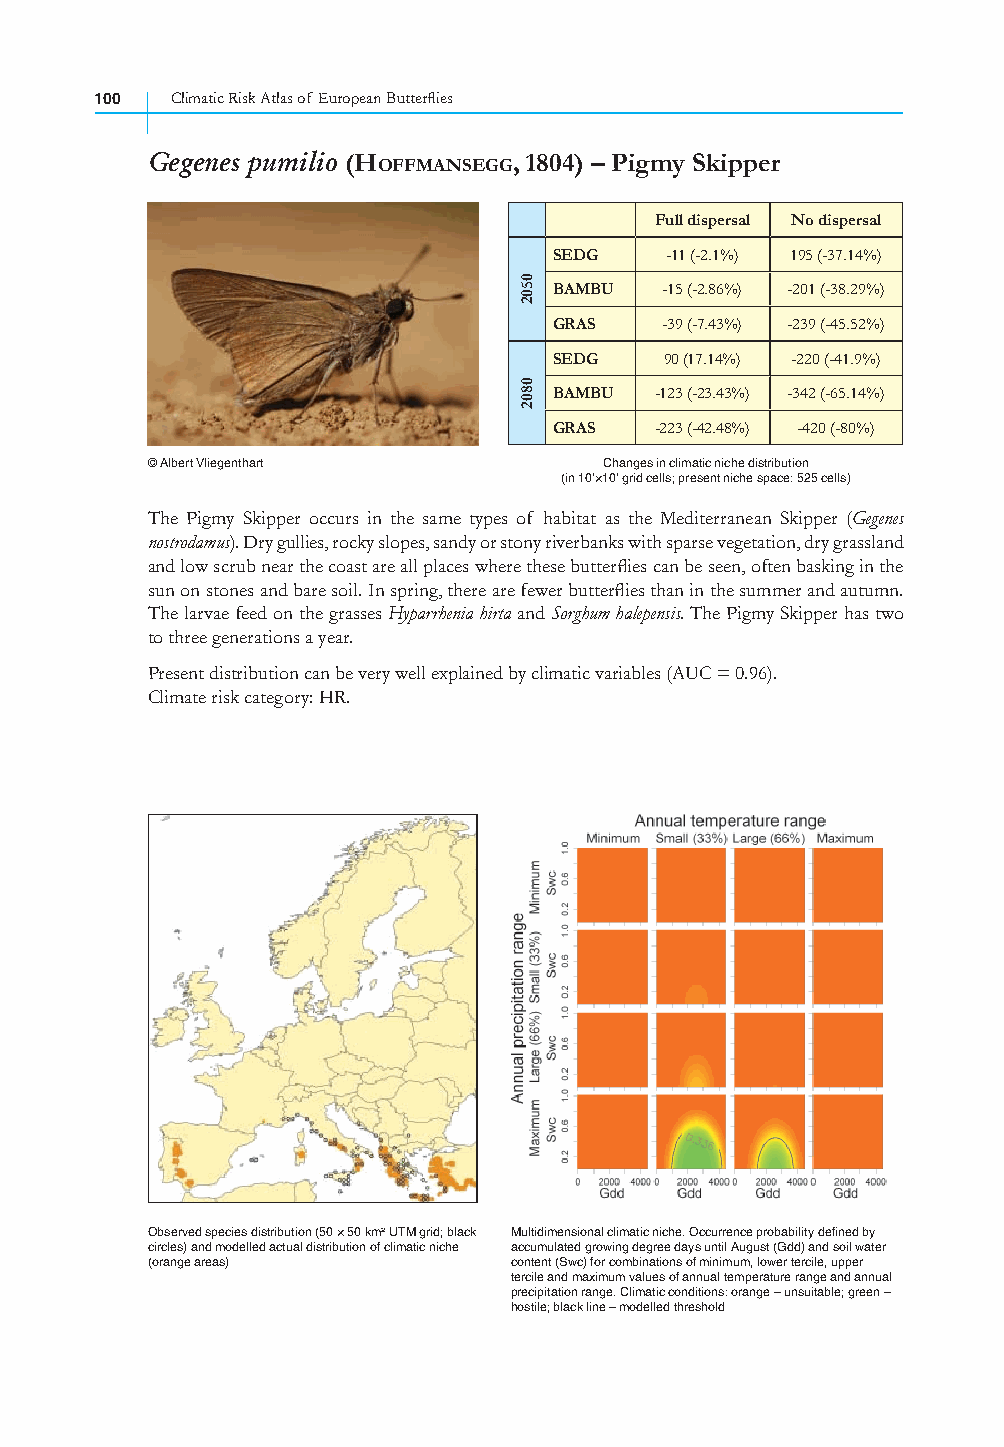
100  Climatic Risk Atlas of European Butterfl ies
 Gegenes pumilio (HOFFMANSEGG, 1804) – Pigmy Skipper
 Full dispersal No dispersal
 SEDG   -11 (-2.1%) 195 (-37.14%)
 BAMBU  -15 (-2.86%) -201 (-38.29%)
 GRAS   -39 (-7.43%) -239 (-45.52%)
 SEDG   90 (17.14%) -220 (-41.9%)
 BAMBU -123 (-23.43%) -342 (-65.14%)
 GRAS  -223 (-42.48%) -420 (-80%)
 © Albert Vliegenthart         Changes in climatic niche distribution
 (in 10’×10’ grid cells; present niche space: 525 cells)
 The Pigmy Skipper occurs in the same types of habitat as the Mediterranean Skipper (Gegenes
 nostrodamus). Dry gullies, rocky slopes, sandy or stony riverbanks with sparse vegetation, dry grassland
 and low scrub near the coast are all places where these butterfl ies can be seen, often basking in the
 sun on stones and bare soil. In spring, there are fewer butterfl ies than in the summer and autumn.
 The larvae feed on the grasses Hyparrhenia hirta and Sorghum halepensis. The Pigmy Skipper has two
 to three generations a year.
 Present distribution can be very well explained by climatic variables (AUC = 0.96).
 Climate risk category: HR.
 Observed species distribution (50 × 50 km² UTM grid; black Multidimensional climatic niche. Occurrence probability defined by
 circles) and modelled actual distribution of climatic niche accumulated growing degree days until August (Gdd) and soil water
 (orange areas)          content (Swc) for combinations of minimum, lower tercile, upper
 tercile and maximum values of annual temperature range and annual
 precipitation range. Climatic conditions: orange – unsuitable; green –
 hostile; black line – modelled threshold
 0502
 0802